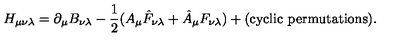
H _ { \mu \nu \lambda } = \partial _ { \mu } B _ { \nu \lambda } - { \frac { 1 } { 2 } } ( A _ { \mu } \hat { F } _ { \nu \lambda } + \hat { A } _ { \mu } F _ { \nu \lambda } ) + ( \mathrm { c y c l i c \ p e r m u t a t i o n s } ) .